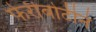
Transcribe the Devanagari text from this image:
फेरीबोटीने